Civil Veterinary Department Bihar & Orissa reports 1922-29 - 1922-1929
Year: 1922
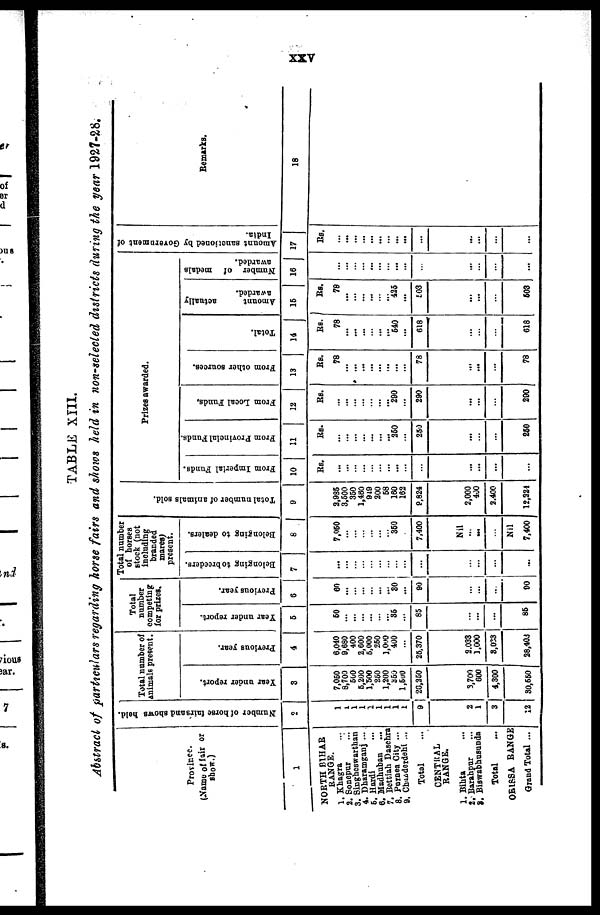
TABLE XIII.
Abstract of particulars regarding horse fairs and shows held in non-selected districts during the year 1927-28.
Province.
(Name of fair or
show.)
1
NORTH BIHAR
RANGE.
1. Khagra
2. Sonepur
...
3. Singheswartnan
4. Dharamganj ....
5. Hardi
6. Madbuban
7. Bettiah Dasehra
8. Puinea City ...
9. Chujideidehi .
Total
CENTRAL
RANGE.
1. Bihta
2. Barahpur
3. Biswabhusunda
Total
ORISSA RANGE
Grand Total ...
Number of horse fairs and shows held.
2
1
1
1
1
1
1
1
1
1
9
2
1
3
12
Total number of
animals present.
Year
under report.
3
7,050
8,700
500
5,200
1.500
250
1,200
36!)
1,500
20,250
3,700
600
4,300
80,650
Previous year
4
6,040
9,680
400
2,600
5,000
250
1,000
400
26,370
2.033
1,000
8,033
28,403
Total
number
competing
for prizes.
Year
under report.
5
50
"85
85
85
Previous year
6
60
"so
90
90
Total number
of horses
stock (not
including
branded
mares
present.
Belonging to breeders.
7
...
Belonging to dealers.
8
7,050
"350
7,400
Nil
Nil
7,400
Total number of animals sold.
9
2,935
3,600
360
1,480
949
200
58
160
162
9,824
2,000
400
2.400
12,224
Prizes awarded.
From Imperial Funds.
10
Rs,
...
...
From Provincial Funds.
11
Rs.
"260
250
...
260
From Local Funds,
12
Rs.
290
290
...
290
From other sources.
13
s.
78
» ...
78
...
78
Total.
14
actually
Amount
awarded.
15
Rs.
Rs.
78
540
618
618
78
"425
£03
...
603
Number of medals
awarded.
16
...
Amount sanctioned by Government of
India.
17
Rs.
***
...
...
Remarks.
18